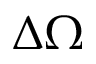
\Delta \Omega